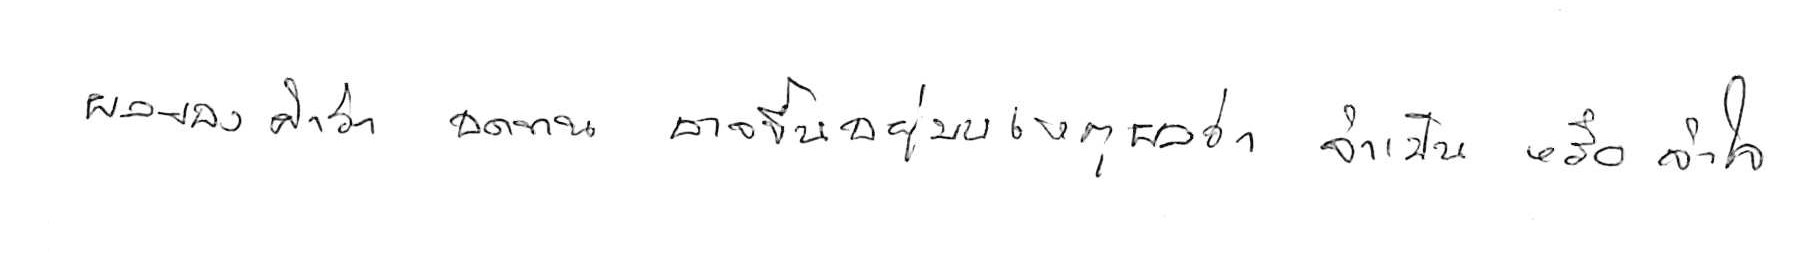
ผลของคำว่า อดทน อาจขึ้นอยู่บนเหตุผลว่า จำเป็น หรือ จำใจ